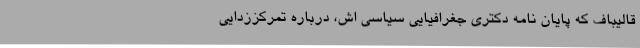
قالیباف که پایان نامه دکتری جغرافیایی سیاسی اش، درباره تمرکززدایی